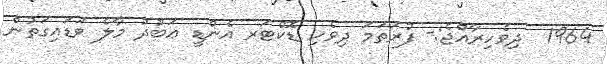
1964  ދިވެހިރާއްޖެ:- ފުރަތަމަ ދިވެހި ޑޮކްޓަރ އެންޑީ ޢަބުދު މާލެ ވަޑައިގަތުން